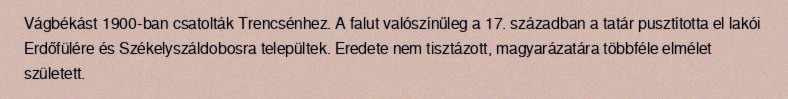
Vágbékást 1900-ban csatolták Trencsénhez. A falut valószínűleg a 17. században a tatár pusztította el lakói Erdőfülére és Székelyszáldobosra települtek. Eredete nem tisztázott, magyarázatára többféle elmélet született.